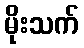
မိုးသက်